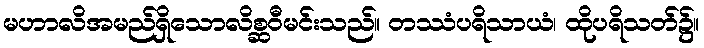
မဟာလိအမည်ရှိသောလိစ္ဆဝီမင်းသည်။ တဿံပရိသာယံ၊ ထိုပရိသတ်၌။